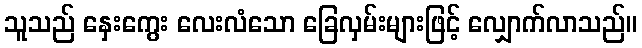
သူသည် နှေးကွေး လေးလံသော ခြေလှမ်းများဖြင့် လျှောက်လာသည်။